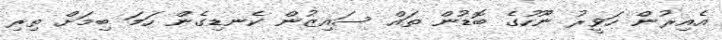
އެއިރުން ހަވީރު ނޫހުގެ ބޮޑުން ތައް ސައިޒުން ކެނޑިގެން ހަމަ ބިމަށް ތިރި